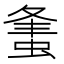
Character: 𧋴